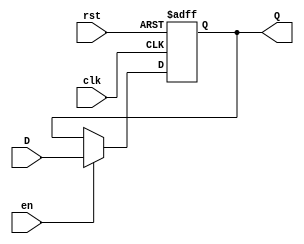
module registerMips ( input [4:0]D,
							 input clk,
							 input rst,
							 input en,
							 output reg[4:0]Q);
       
always @ (posedge clk or posedge rst)
 if (rst)
  Q<=0;
 else if (en)
  Q<=D;
 else 
	Q<=Q;
  
endmodule